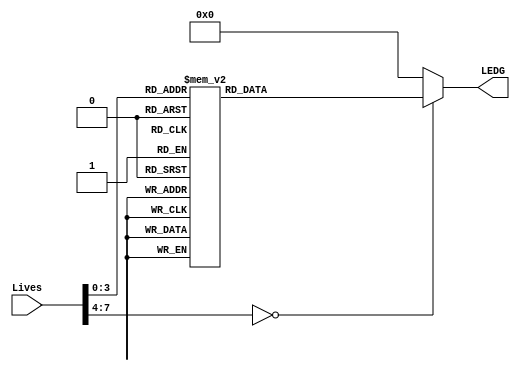
module Lives_LEDs(
			LEDG,
			Lives,
		);

input			[7:0]	Lives;
output reg	[8:0]	LEDG;

always @(Lives) begin
	case(Lives)
		8'h00:	LEDG	<=	9'b000000000;
		8'h01:	LEDG	<=	9'b000000001;
		8'h02:	LEDG	<=	9'b000000011;
		8'h03:	LEDG	<=	9'b000000111;
		8'h04:	LEDG	<=	9'b000001111;
		8'h05:	LEDG	<=	9'b000011111;
		8'h06:	LEDG	<=	9'b000111111;
		8'h07:	LEDG	<=	9'b001111111;
		8'h08:	LEDG	<=	9'b011111111;
		8'h09:	LEDG	<=	9'b111111111;
		default:	LEDG	<= 9'b000000000;
	endcase
end
endmodule